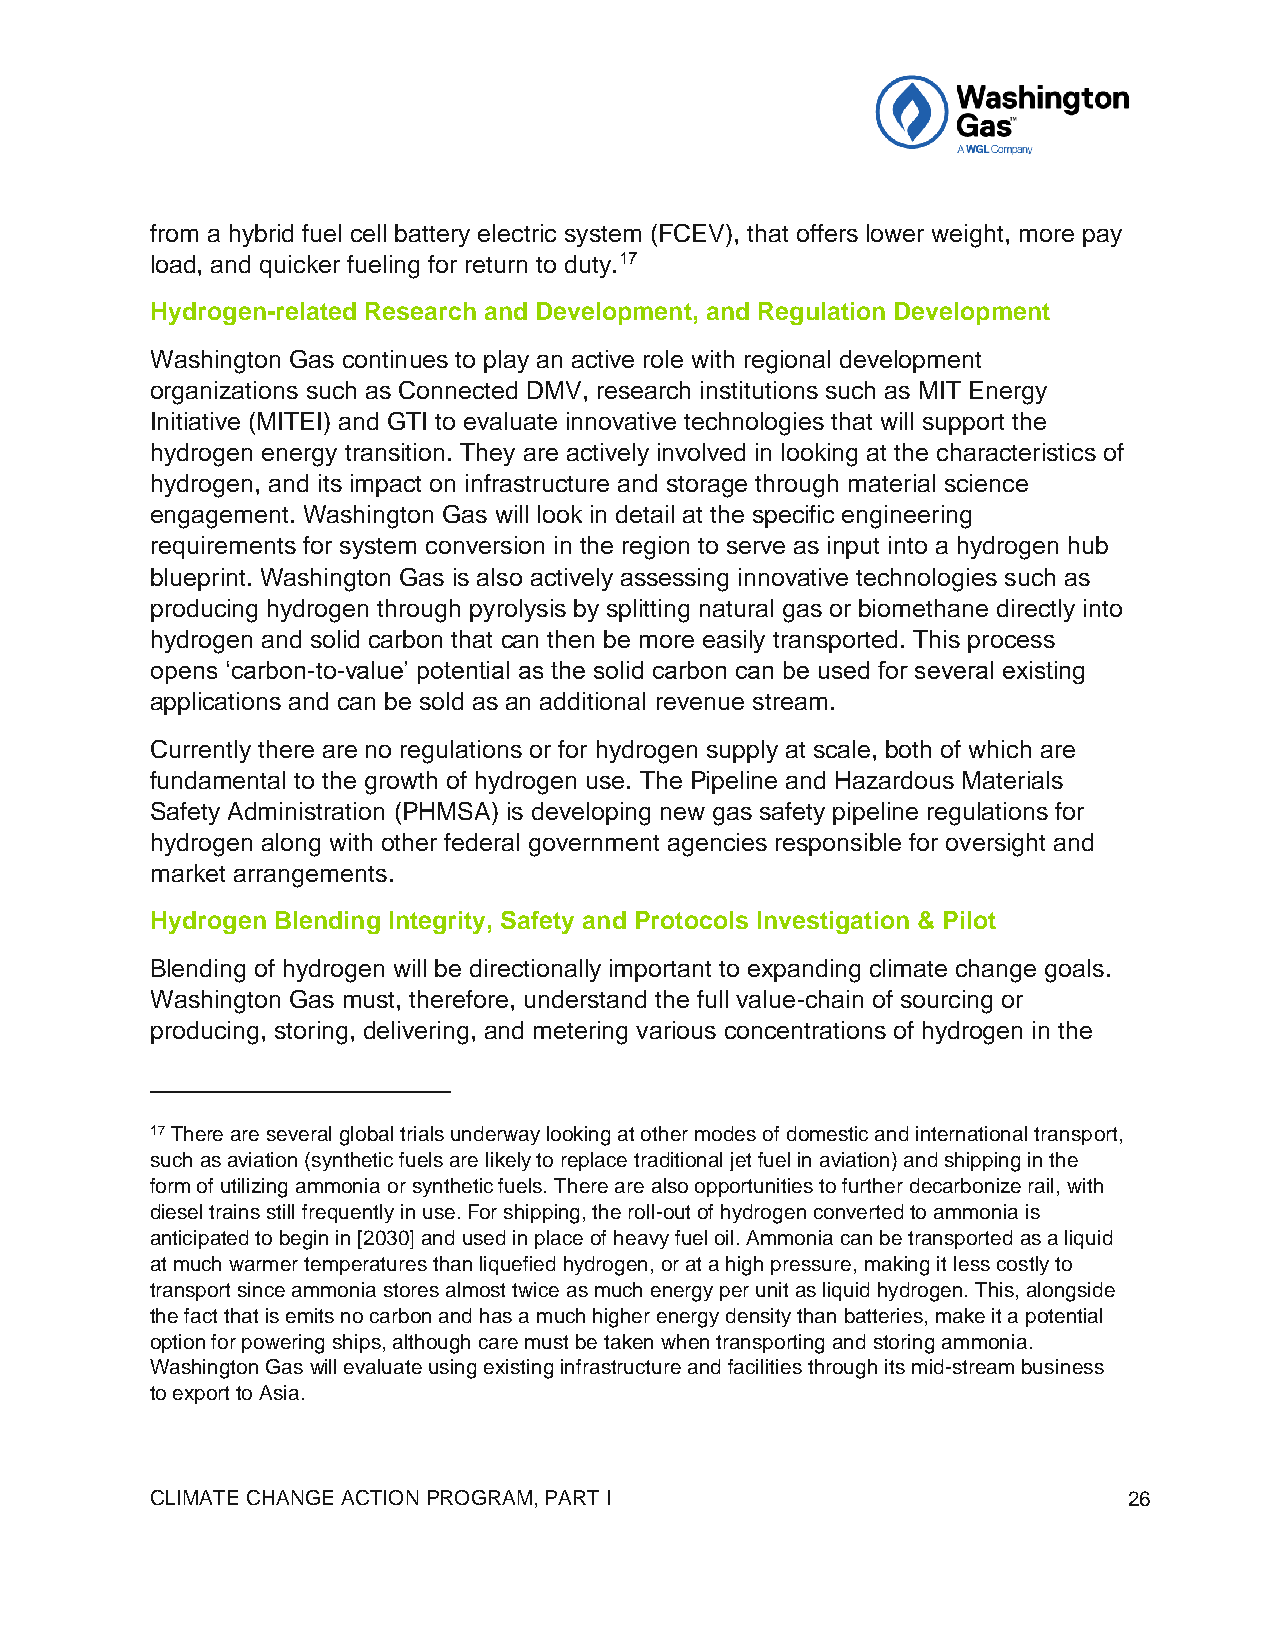
from a hybrid fuel cell battery electric system (FCEV), that offers lower weight, more pay
 load, and quicker fueling for return to duty.17
 Hydrogen-related Research and Development, and Regulation Development
 Washington Gas continues to play an active role with regional development
 organizations such as Connected DMV, research institutions such as MIT Energy
 Initiative (MITEI) and GTI to evaluate innovative technologies that will support the
 hydrogen energy transition. They are actively involved in looking at the characteristics of
 hydrogen, and its impact on infrastructure and storage through material science
 engagement. Washington Gas will look in detail at the specific engineering
 requirements for system conversion in the region to serve as input into a hydrogen hub
 blueprint. Washington Gas is also actively assessing innovative technologies such as
 producing hydrogen through pyrolysis by splitting natural gas or biomethane directly into
 hydrogen and solid carbon that can then be more easily transported. This process
 opens ‘carbon-to-value’ potential as the solid carbon can be used for several existing
 applications and can be sold as an additional revenue stream.
 Currently there are no regulations or for hydrogen supply at scale, both of which are
 fundamental to the growth of hydrogen use. The Pipeline and Hazardous Materials
 Safety Administration (PHMSA) is developing new gas safety pipeline regulations for
 hydrogen along with other federal government agencies responsible for oversight and
 market arrangements.
 Hydrogen Blending Integrity, Safety and Protocols Investigation & Pilot
 Blending of hydrogen will be directionally important to expanding climate change goals.
 Washington Gas must, therefore, understand the full value-chain of sourcing or
 producing, storing, delivering, and metering various concentrations of hydrogen in the
 17 There are several global trials underway looking at other modes of domestic and international transport,
 such as aviation (synthetic fuels are likely to replace traditional jet fuel in aviation) and shipping in the
 form of utilizing ammonia or synthetic fuels. There are also opportunities to further decarbonize rail, with
 diesel trains still frequently in use. For shipping, the roll-out of hydrogen converted to ammonia is
 anticipated to begin in [2030] and used in place of heavy fuel oil. Ammonia can be transported as a liquid
 at much warmer temperatures than liquefied hydrogen, or at a high pressure, making it less costly to
 transport since ammonia stores almost twice as much energy per unit as liquid hydrogen. This, alongside
 the fact that is emits no carbon and has a much higher energy density than batteries, make it a potential
 option for powering ships, although care must be taken when transporting and storing ammonia.
 Washington Gas will evaluate using existing infrastructure and facilities through its mid-stream business
 to export to Asia.
 CLIMATE CHANGE ACTION PROGRAM, PART I                            26